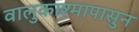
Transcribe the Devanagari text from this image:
वालुकाश्मापासुन